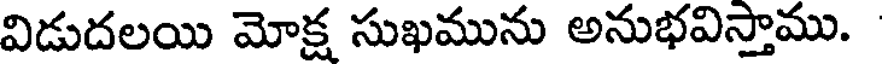
విడుదలయి మోక్ష సుఖమును అనుభవిస్తాము.